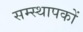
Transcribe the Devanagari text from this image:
सम्स्थापकों